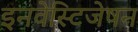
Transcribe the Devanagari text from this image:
इनवेस्टिजेषन